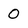
Character: 0